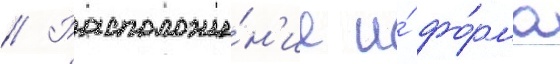
// Расположе́н'ие и́ фо́рма